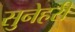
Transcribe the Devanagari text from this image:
सुनेहरी